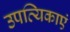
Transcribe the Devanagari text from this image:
उपत्यिकाएं